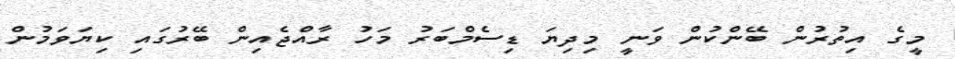
މީގެ އިތުރުން ބޭންކުން ވަނީ މިދިޔަ ޑިސެމްބަރު މަހު ރާއްޖެއިން ބޭރުގައި ކިޔަވަމުން